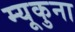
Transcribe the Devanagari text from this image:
म्यूकुना